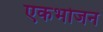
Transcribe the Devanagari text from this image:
एकभोजन